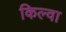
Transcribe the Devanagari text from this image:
किल्वा